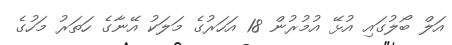
އަލް ބޯލުގައި އުޅޭ އުމުރުން 18 އަހަރުގެ މަލަކު އޭނާގެ ހަތަރު މަހުގެ